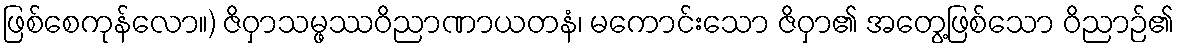
ဖြစ်စေကုန်လော။) ဇိဝှာသမ္ဖဿဝိညာဏာယတနံ၊ မကောင်းသော ဇိဝှာ၏ အတွေ့ဖြစ်သော ဝိညာဉ်၏